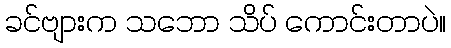
ခင်ဗျားက သဘော သိပ် ကောင်းတာပဲ။